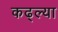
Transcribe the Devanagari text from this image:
कढ्ल्या